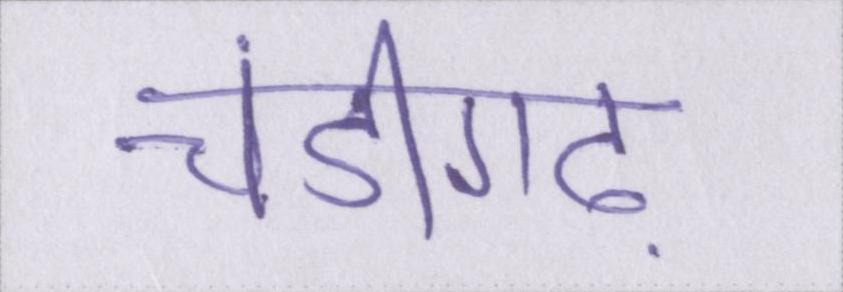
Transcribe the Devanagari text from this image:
चंडीगढ़